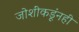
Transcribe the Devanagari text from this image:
जोशींकडूंनही